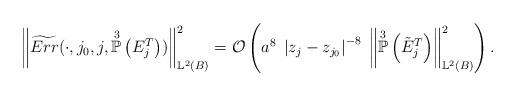
LaTeX: \begin{align*}\left\Vert \widetilde{Err}(\cdot ,j_{0},j,\overset{3}{\mathbb{P}}\left(E_{j}^{T}\right)) \right\Vert^{2}_{\mathbb{L}^{2}(B)} = \mathcal{O}\left( a^{8} \; \left\vert z_{j} - z_{j_{0}} \right\vert^{-8} \; \left\Vert \overset{3}{\mathbb{P}}\left(\tilde{E}_{j}^{T} \right) \right\Vert^{2}_{\mathbb{L}^{2}(B)} \right).\end{align*}